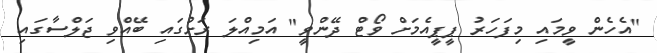
"އެހެން ވީމައި މިފަހަރު ޕީޕީއެމަށް ވޯޓް ދޭންވީ" އަމިއްލަ ރަށުގައި ބޭއްވި ޖަލްސާގައި